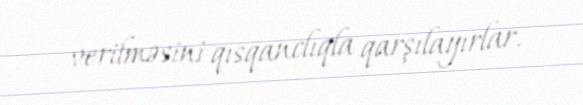
verilməsini qısqanclıqla qarşılayırlar.